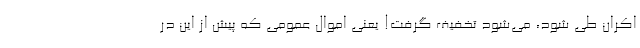
اکران طی شود، می‌شود تخفیف گرفت! یعنی اموال عمومی که پیش از این در